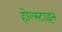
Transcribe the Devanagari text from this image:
होल्स्टाइन